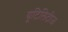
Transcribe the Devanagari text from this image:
यूटिलिटीज